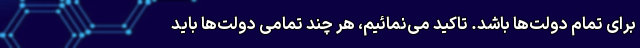
برای تمام دولت‌ها باشد. تاکید می‌نمائیم، هر چند تمامی دولت‌ها باید